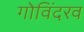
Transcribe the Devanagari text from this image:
गोविंदरव